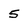
Character: 5